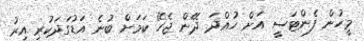
މީހުން ފެންޓަސީ އަށް ހުއްދަ ދޭން ޖެހޭ ކަމަށް ބުނެ އަޑުގަދަކުރި އިރު